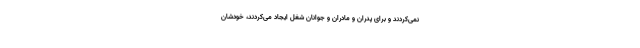
نمی‌کردند و برای پدران و مادران و جوانان شغل ایجاد می‌کردند، خودشان